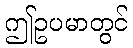
ဤဥပမာတွင်